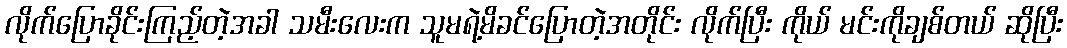
လိုက်ပြောခိုင်းကြည့်တဲ့အခါ သမီးလေးက သူမရဲ့မိခင်ပြောတဲ့အတိုင်း လိုက်ပြီး ကိုယ် မင်းကိုချစ်တယ် ဆိုပြီး